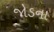
જોડના